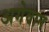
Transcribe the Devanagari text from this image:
अगेवान